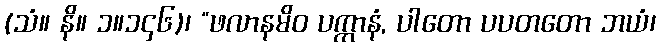
(သံ။ နိ။ ၁။၁၄၆)၊ “ဖလာနမိဝ ပက္ကာနံ, ပါတော ပပတတော ဘယံ၊